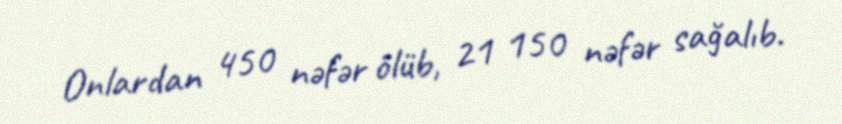
Onlardan 450 nəfər ölüb, 21 150 nəfər sağalıb.